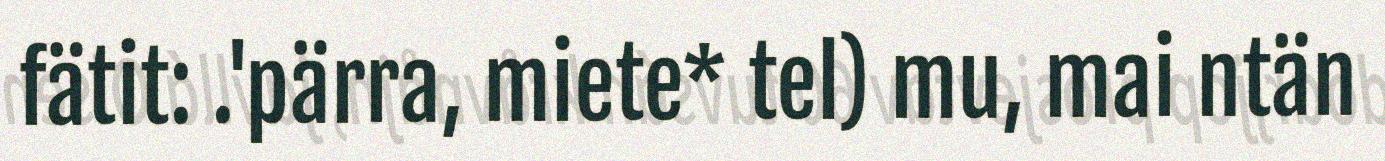
fätit: .'pärra, miete* tel) mu, mai ntän